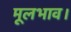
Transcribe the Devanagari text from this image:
मूलभाव।